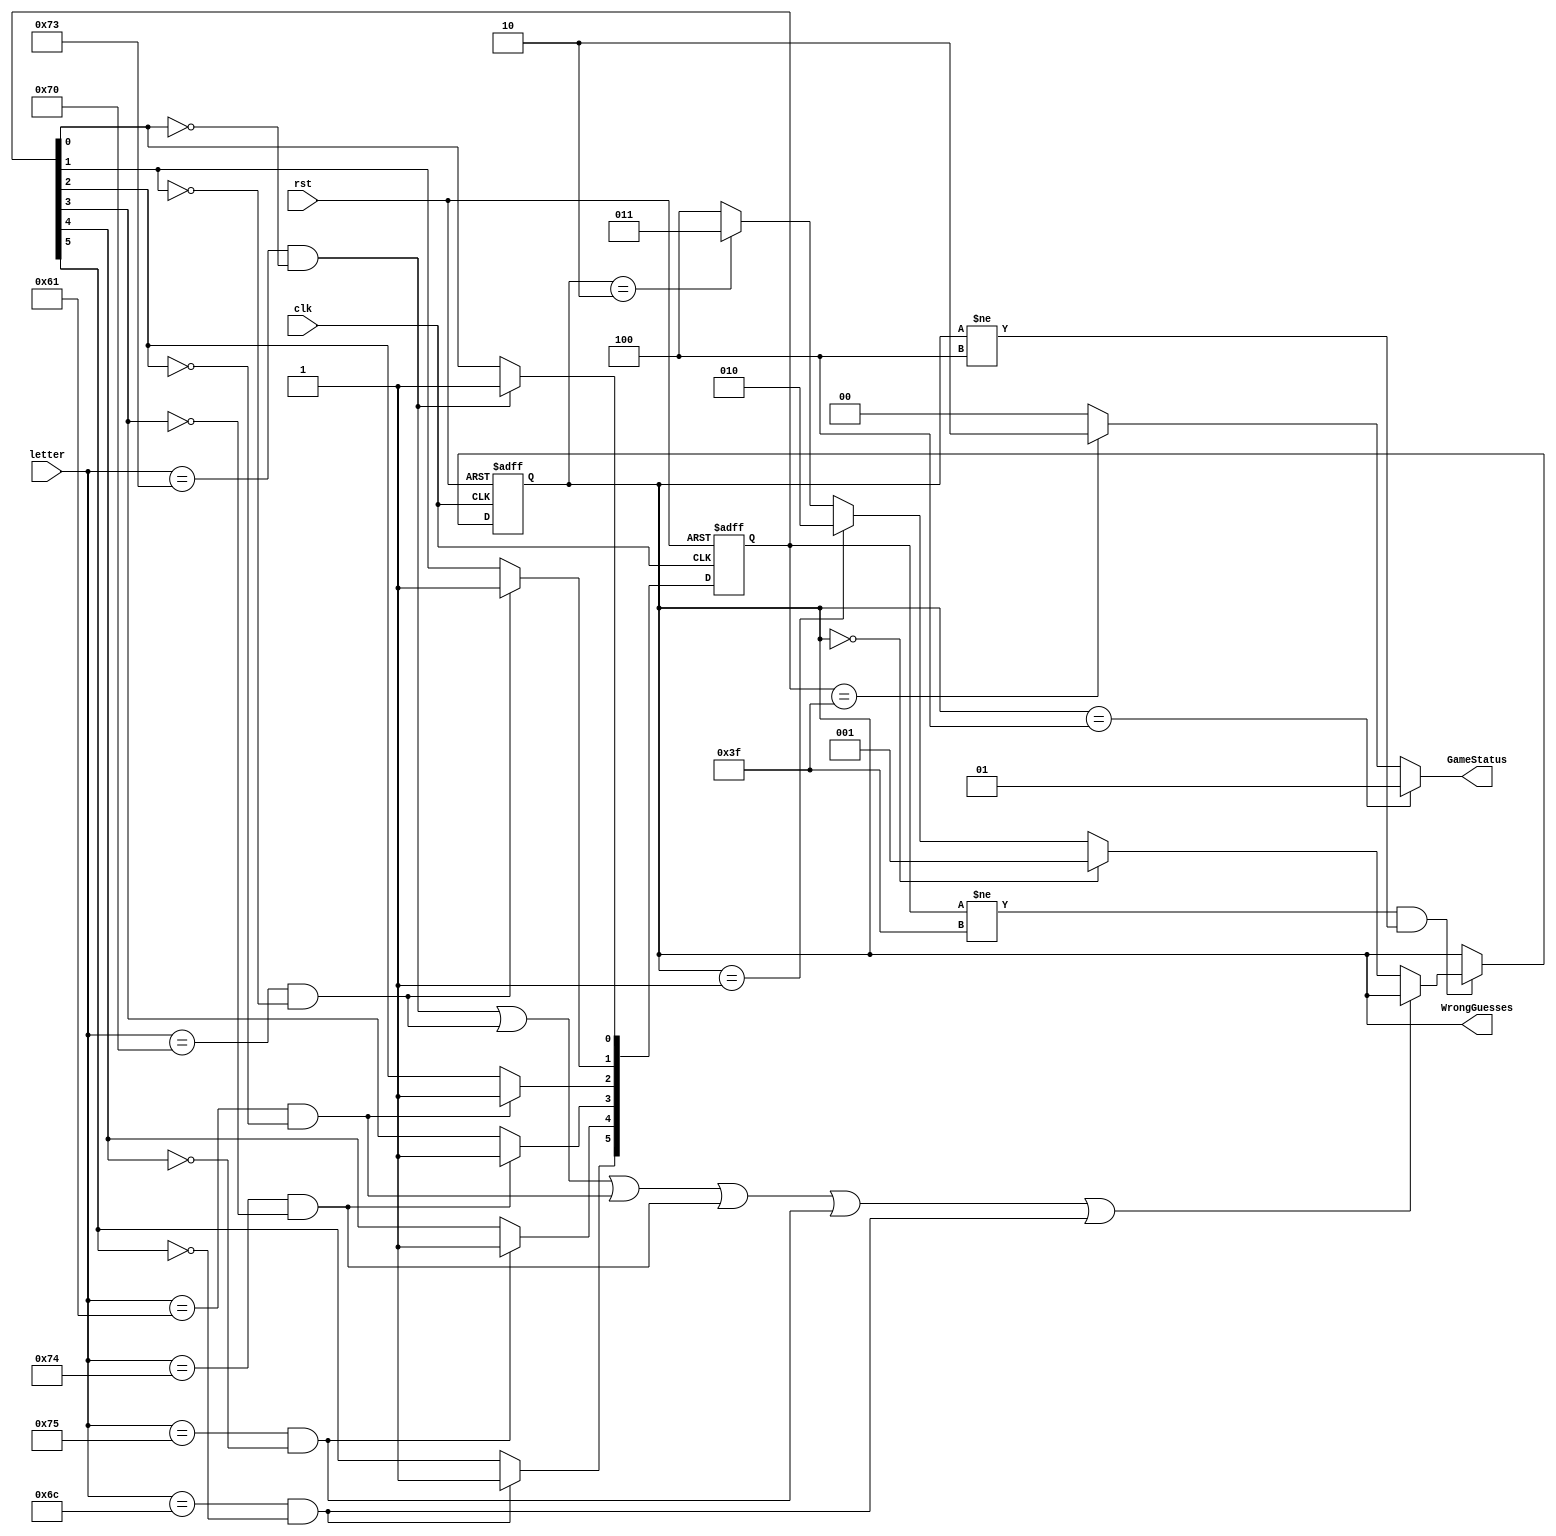
// Nikhil Ghosh
// COMP 331
// Homework 5.5: Hangman!

module hangman(clk, rst, letter, WrongGuesses, GameStatus);

    // the clock input
    input clk;

    // assert to start new game
    input rst;

    // In Verilog you can also use quoted
    // characters to represent ASCII values, e.g.
    //    (letter == "s") ? something : something_else
    // is identical to
    //    (letter == 73) ? something : something_else
    input [6:0] letter;

    // An unsigned number between 0 and 4, inclusive.
    // How many wrong guesses has the user made. Guessing
    // a letter that has already been guessed, or which
    // does not occur in the word, counts as a wrong guess.
    output [2:0] WrongGuesses;

    // Outputs the current game status. Its values are:
    //    2'd0: ready for next letter
    //    2'd1: game over, you lost
    //    2'd2: game over, you won
    // Initially, the status should be PLAY, i.e. you can
    // guess a letter. If the player makes four bad guesses,
    // the status will become LOSE. If the player guesses
    // all the letters in the word without making four
    // bad guesses, the status will become WIN.
    // Once the game has been won or lost, future inputs
    // should not be able to change the game status,
    // until reset is asserted and a new game is started.
    output [1:0] GameStatus;
    parameter PLAY=2'd0;
    parameter LOSE=2'd1;
    parameter WIN=2'd2;

    // -----------------------------
    // Your code goes below this line

    // Expressing correctly guessed letters
    reg[5:0] Guess;
    wire[5:0] NextGuess;

    // Base state and winning state (what "guess" will be in each of these, rather)
    parameter s0 = 6'b000000;
    parameter Won = 6'b111111;

    // Expressing current and next "wrong state"
    reg[2:0] WrongStatus;
    wire[2:0] NextWrongStatus;

    // Parameters for wrong states
    parameter wrong0 = 3'b000;
    parameter wrong1 = 3'b001;
    parameter wrong2 = 3'b010;
    parameter wrong3 = 3'b011;
    parameter wrong4 = 3'b100;

    // Parameters for correct letters
    parameter S = 6'b100000;
    parameter P = 6'b010000;
    parameter A = 6'b001000;
    parameter T = 6'b000100;
    parameter U = 6'b000010;
    parameter L = 6'b000001;

    // Every cycle, do reset if necessary, otherwise update and progress 'normally'
    always@(posedge clk or posedge rst)
        begin
            if(rst)
                begin
                Guess <= s0;
                WrongStatus <= wrong0;
                end

            else
                begin
                Guess <= NextGuess;
                // So that we don't update the # of wrong guesses if the game is already won or lost
                if(Guess != Won & WrongStatus != wrong4)
                    WrongStatus <= NextWrongStatus;
                end
        end

    // if correct and not previously guessed letter, add to state, else do nothing  
    assign NextGuess[0] = (letter == "s" & ~Guess[0] ? 1'b1 : Guess[0]);
    assign NextGuess[1] = (letter == "p" & ~Guess[1] ? 1'b1 : Guess[1]);
    assign NextGuess[2] = (letter == "a" & ~Guess[2] ? 1'b1 : Guess[2]);
    assign NextGuess[3] = (letter == "t" & ~Guess[3] ? 1'b1 : Guess[3]);
    assign NextGuess[4] = (letter == "u" & ~Guess[4] ? 1'b1 : Guess[4]);
    assign NextGuess[5] = (letter == "l" & ~Guess[5] ? 1'b1 : Guess[5]);

    // if ok state, do nothing, otherwise go to the 'next' wrong state
    assign NextWrongStatus =
        ((letter == "s" & ~Guess[0]) | (letter == "p" & ~Guess[1]) | (letter == "a" & ~Guess[2]) | (letter == "t" & ~Guess[3]) | (letter == "u" & ~Guess[4]) | (letter == "l" & ~Guess[5]) ? WrongStatus : 
            (WrongStatus == wrong0 ? wrong1 : 
                (WrongStatus == wrong1 ? wrong2 :
                    (WrongStatus == wrong2 ? wrong3 : 
                        wrong4))));

    // Start off at the beginning point
    assign WrongGuesses = WrongStatus;

    // Make the rules 
    assign GameStatus = (WrongStatus == wrong4 ? LOSE : (Guess == Won ? WIN : PLAY));


endmodule